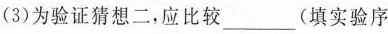
(3)为验证猜想二，应比较___(填实验序